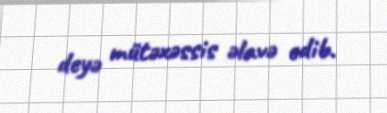
deyə mütəxəssis əlavə edib.